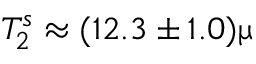
T _ { 2 } ^ { s } \approx ( 1 2 . 3 \pm 1 . 0 ) \upmu